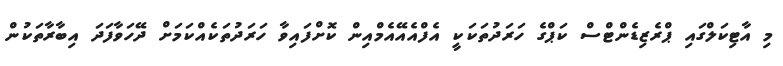
މި އާޓިކަލްގައި ޕްރެޒިޑެންޓްސް ކަޕްގެ ހަރަދުތަކަކީ އެފްއެއޭއެމްއިން ކޮށްފައިވާ ހަރަދުތަކެއްކަމަށް ދޭހަވާފަދަ އިބާރާތަކުން